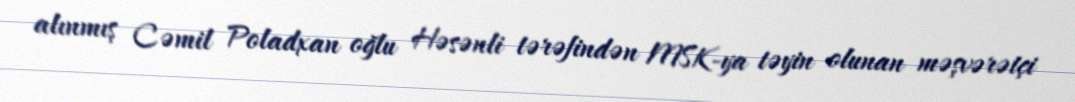
alınmış Cəmil Poladxan oğlu Həsənli tərəfindən MSK-ya təyin olunan məşvərətçi